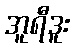
အူရီဒူး